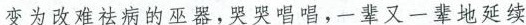
变为改难祛病的巫器，苦苦唱唱，一辈又一辈地延续